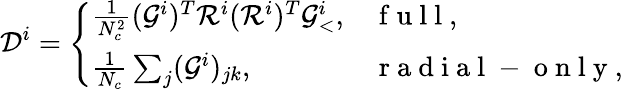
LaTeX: \mathcal{D}^{i}=\left\{ \begin{array}{ll}{\frac{1}{N_{c}^{2}}(\mathcal{G}^{i})^{T}\mathcal{R}^{i}(\mathcal{R}^{i})^{T}\mathcal{G}_{<}^{i},}&{\mathrm{~f~u~l~l~},}\\ {\frac{1}{N_{c}}\sum_{j}(\mathcal{G}^{i})_{jk},}&{\mathrm{~r~a~d~i~a~l~-~o~n~l~y~},}\end{array}\right.